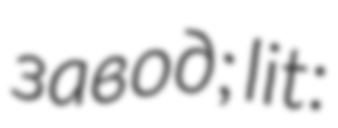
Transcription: завод; lit: